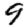
Digit: 9